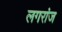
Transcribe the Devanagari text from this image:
लगरांज